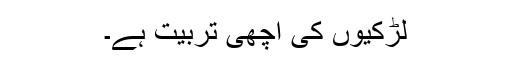
لڑکیوں کی اچھی تربیت ہے۔